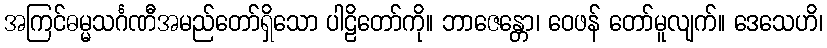
အကြင်ဓမ္မသင်္ဂဏီအမည်တော်ရှိသော ပါဠိတော်ကို။ ဘာဇေန္တော၊ ဝေဖန် တော်မူလျက်။ ဒေသေဟိ၊